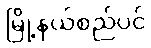
မြို့နယ်စည်ပင်